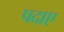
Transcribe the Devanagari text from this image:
पदाए